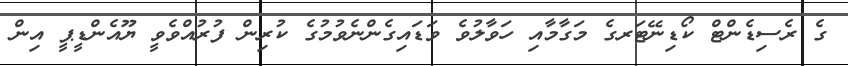
ގެ ރެސިޑެންޓް ކޯޑިނޭޓަރގެ މަގާމާއި ހަވާލުވެ ވަޑައިގެންނެވުމުގެ ކުރިން ފުރުއްވެވީ ޔޫއެންޑީޕީ އިން